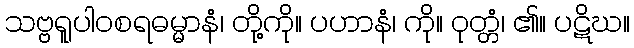
သဗ္ဗရူပါဝစရဓမ္မာနံ၊ တို့ကို။ ပဟာနံ၊ ကို။ ဝုတ္တံ၊ ၏။ ပဋိဃ။